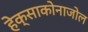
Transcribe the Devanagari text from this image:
हेक्‍साकोनाजोल